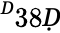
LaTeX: ^Ḋ38Ḍ